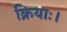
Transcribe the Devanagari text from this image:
क्रियाः।